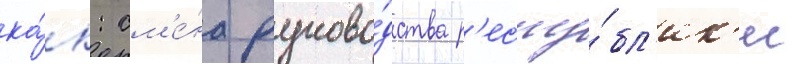
ка́к: см'е́на руково́дства р'еспу́бл'ик'и